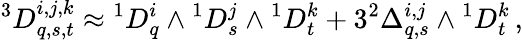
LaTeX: {}^{3}D_{q,s,t}^{i,j,k}\approx{}^{1}D_{q}^{i}\wedge{}^{1}D_{s}^{j}\wedge{}^{1}D_{t}^{k}+3{}^{2}\Delta_{q,s}^{i,j}\wedge{}^{1}D_{t}^{k}\, ,